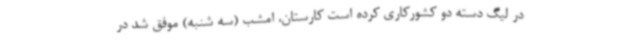
در لیگ دسته دو کشورکاری کرده است کارستان، امشب (سه شنبه) موفق شد در